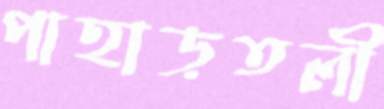
পাহাড়তলী